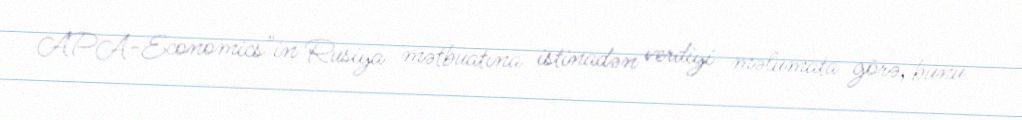
APA-Economics"in Rusiya mətbuatına istinadən verdiyi məlumata görə, bunu